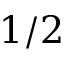
1 / 2